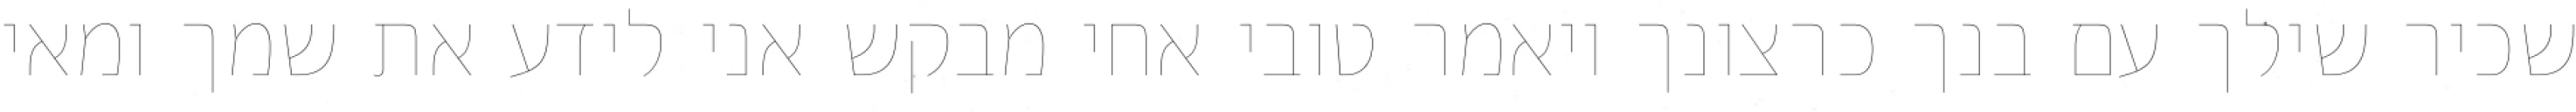
שכיר שילך עם בנך כרצונך ויאמר טובי אחי מבקש אני לידע את שמך ומאי